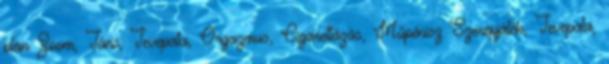
plán Zoom, Tánc, Tevepata, Orgazmus, Cigarettázás, Műpénisz Szerepjáték, Tevepata,